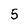
Character: 5